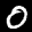
Label: 0